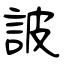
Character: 詖